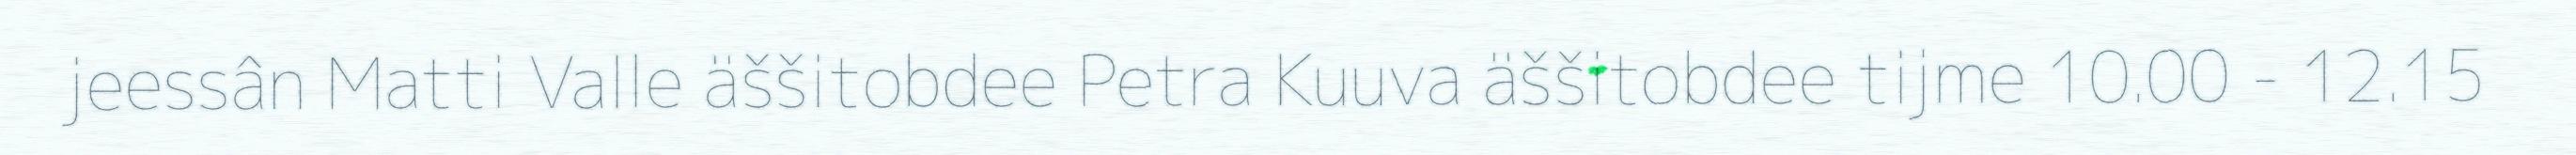
jeessân Matti Valle äššitobdee Petra Kuuva äššitobdee tijme 10.00 - 12.15